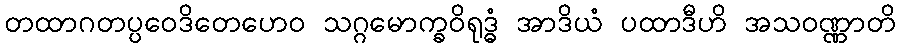
တထာဂတပ္ပဝေဒိတေဟေဝ သဂ္ဂမောက္ခဝိရုဒ္ဓံ အာဒိယံ ပထာဒီဟိ အသဝဏ္ဏာတိ